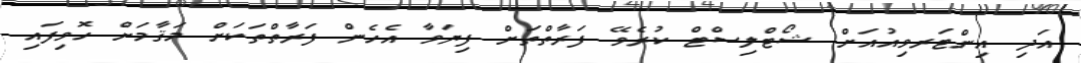
އަދި އިންޓަރވިއުއަށް ޝޯޓްލިސްޓް ކުރެވޭ ފަރާތްތަށް ފިޔަވާ އެހެން ފަރާތްތަކަށް މަޤާމަށް ހޮވިފައި